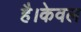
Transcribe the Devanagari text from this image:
है।केवल